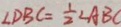
\angle D B C = \frac { 1 } { 2 } \angle A B C